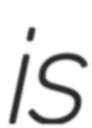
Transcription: is